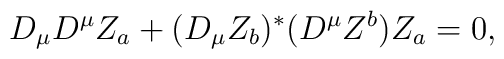
D_{\mu} D^{\mu} Z_a + (D_{\mu} Z_b)^{*} (D^{\mu} Z^b) Z_a = 0,